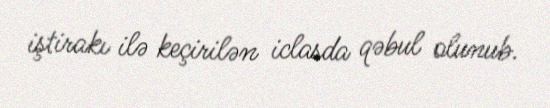
iştirakı ilə keçirilən iclasda qəbul olunub.